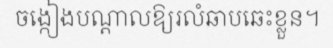
ចង្កៀងបណ្តាលឱ្យរលំឆាបឆេះខ្លួន។